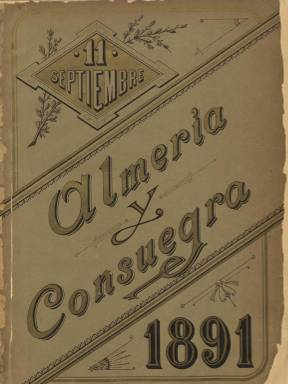
Título: Almería y Consuegra
Colección: Revistas de información general
Ámbito geográfico: Almería
Lugar de publicación: Almería
Fechas: 01/01/1891-31/12/1891

El título de esta publicación suma los nombres de la ciudad y provincia andaluza y de la localidad toledana en las que el 11 de septiembre de 1891 sufrieron unas graves inundaciones, que ocasionaron, en el caso de la manchega, 2.000 muertos entre sus 7.000 habitantes. Es un “número único”, como “periódico publicado por una Comisión de Periodistas Almerienses a beneficio de las víctimas” de la catástrofe. Según su propia información, tuvo dos ediciones, una “económica”, al precio de una peseta el ejemplar, y otra “de gran lujo” para los que hicieron donativos de “cinco pesetas en adelante”. Indica como lugar de edición el Paseo del Malecón, 13, de Almería, pero su pie de imprenta es la del establecimiento barcelonés de Luis Tasso Sierra, siendo publicado bajo la dirección de Francisco Llopis Pérez, del que se expresa que era propietario de El Busilis, aunque en ese momento el título que se publicaba en Barcelona era El Nuevo busilis (1890-1992).

Llopis fue director, en esa época de otros periódicos almerienses, y en 1881 también había dirigido un “único número” de Almería-Oran, título este de un periódico publicado así mismo por una Comisión de Periodistas Almerienses “a beneficio de las víctimas de los desastres de Orán”.

Se trata pues de una publicación ocasional, que forma parte del movimiento de solidaridad, llevado a cabo a través de “suscripciones” en “socorro” de los damnificados, tanto a nivel nacional como internacional, cuyo precedente hay que buscarlo en los también números únicos de las publicaciones París-Murcie y Murcia-Paris, editados con motivo de las inundaciones en la provincia de Murcia de la madrugada del 14 al 15 de octubre de 1879.

En este periódico publicado con ocasión de la catástrofe que asoló también diversas poblaciones almerienses, como Albox, Berja, Adra, Vélez Rubio o Vélez Málaga, colaboran así mismo “eminencias políticas y literarias de España y del extranjero”, tal como se indica en su cabecera. Junto a estampas y dibujos alegóricos, como el de la portada, y fotografías e ilustraciones de algunos lugares afectados y asolados, se publican textos, tanto en prosa como en verso, de periodistas almerienses y andaluces de la época, pero también de otros periódicos españoles y extranjeros o de escritores y autoridades, empezando por el de Agustín de la Serna, entonces diputado por la provincia de Almería; Ángel Gimerá, dramaturgo y director de La Renaixensa (Barcelona: 1871-1905); Arturo Gallardo, cuyo texto, escrito en catalán, lleva el título Lo cant dels segadors; Narciso Díaz Escovar, cronista de Málaga y director de la revista El Ateneo, o el del exministro Víctor Balaguer.

El director de la publicación hará particular agradecimiento a la colaboración prestada por la prensa barcelonesa para editar esta publicación, en la que se insertan así mismo unos “Pensamientos” (dedicatorias, también autógrafas algunas de ellas) de Cánovas del Castillo, Castelar, Silvela, Campoamor, Sagasta, Ruiz Zorrilla, Pidal, Martos, Romero Robledo o Dumas y otros escritores y políticos de Francia, Italia o Inglaterra. También inserta fotograbados con los retratos de personajes relacionados con el movimiento de socorros que originó la catástrofe, bajo el epígrafe “Héroes de la caridad”.

El ejemplar de este título en la Biblioteca Nacional de España, editado como “álbum artístico” y en formato folio, está formado por una cubierta, quince páginas de tipografía, y ocho de ilustraciones, una de estas doblada.